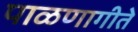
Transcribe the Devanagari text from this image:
पाळणागीते